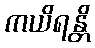
ကယိရန္တိ